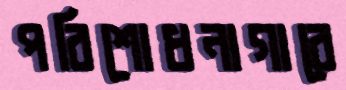
পরিশোধনাগারে